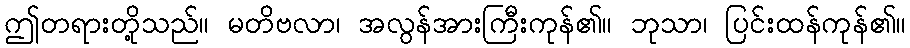
ဤတရားတို့သည်။ မတိဗလာ၊ အလွန်အားကြီးကုန်၏။ ဘုသာ၊ ပြင်းထန်ကုန်၏။